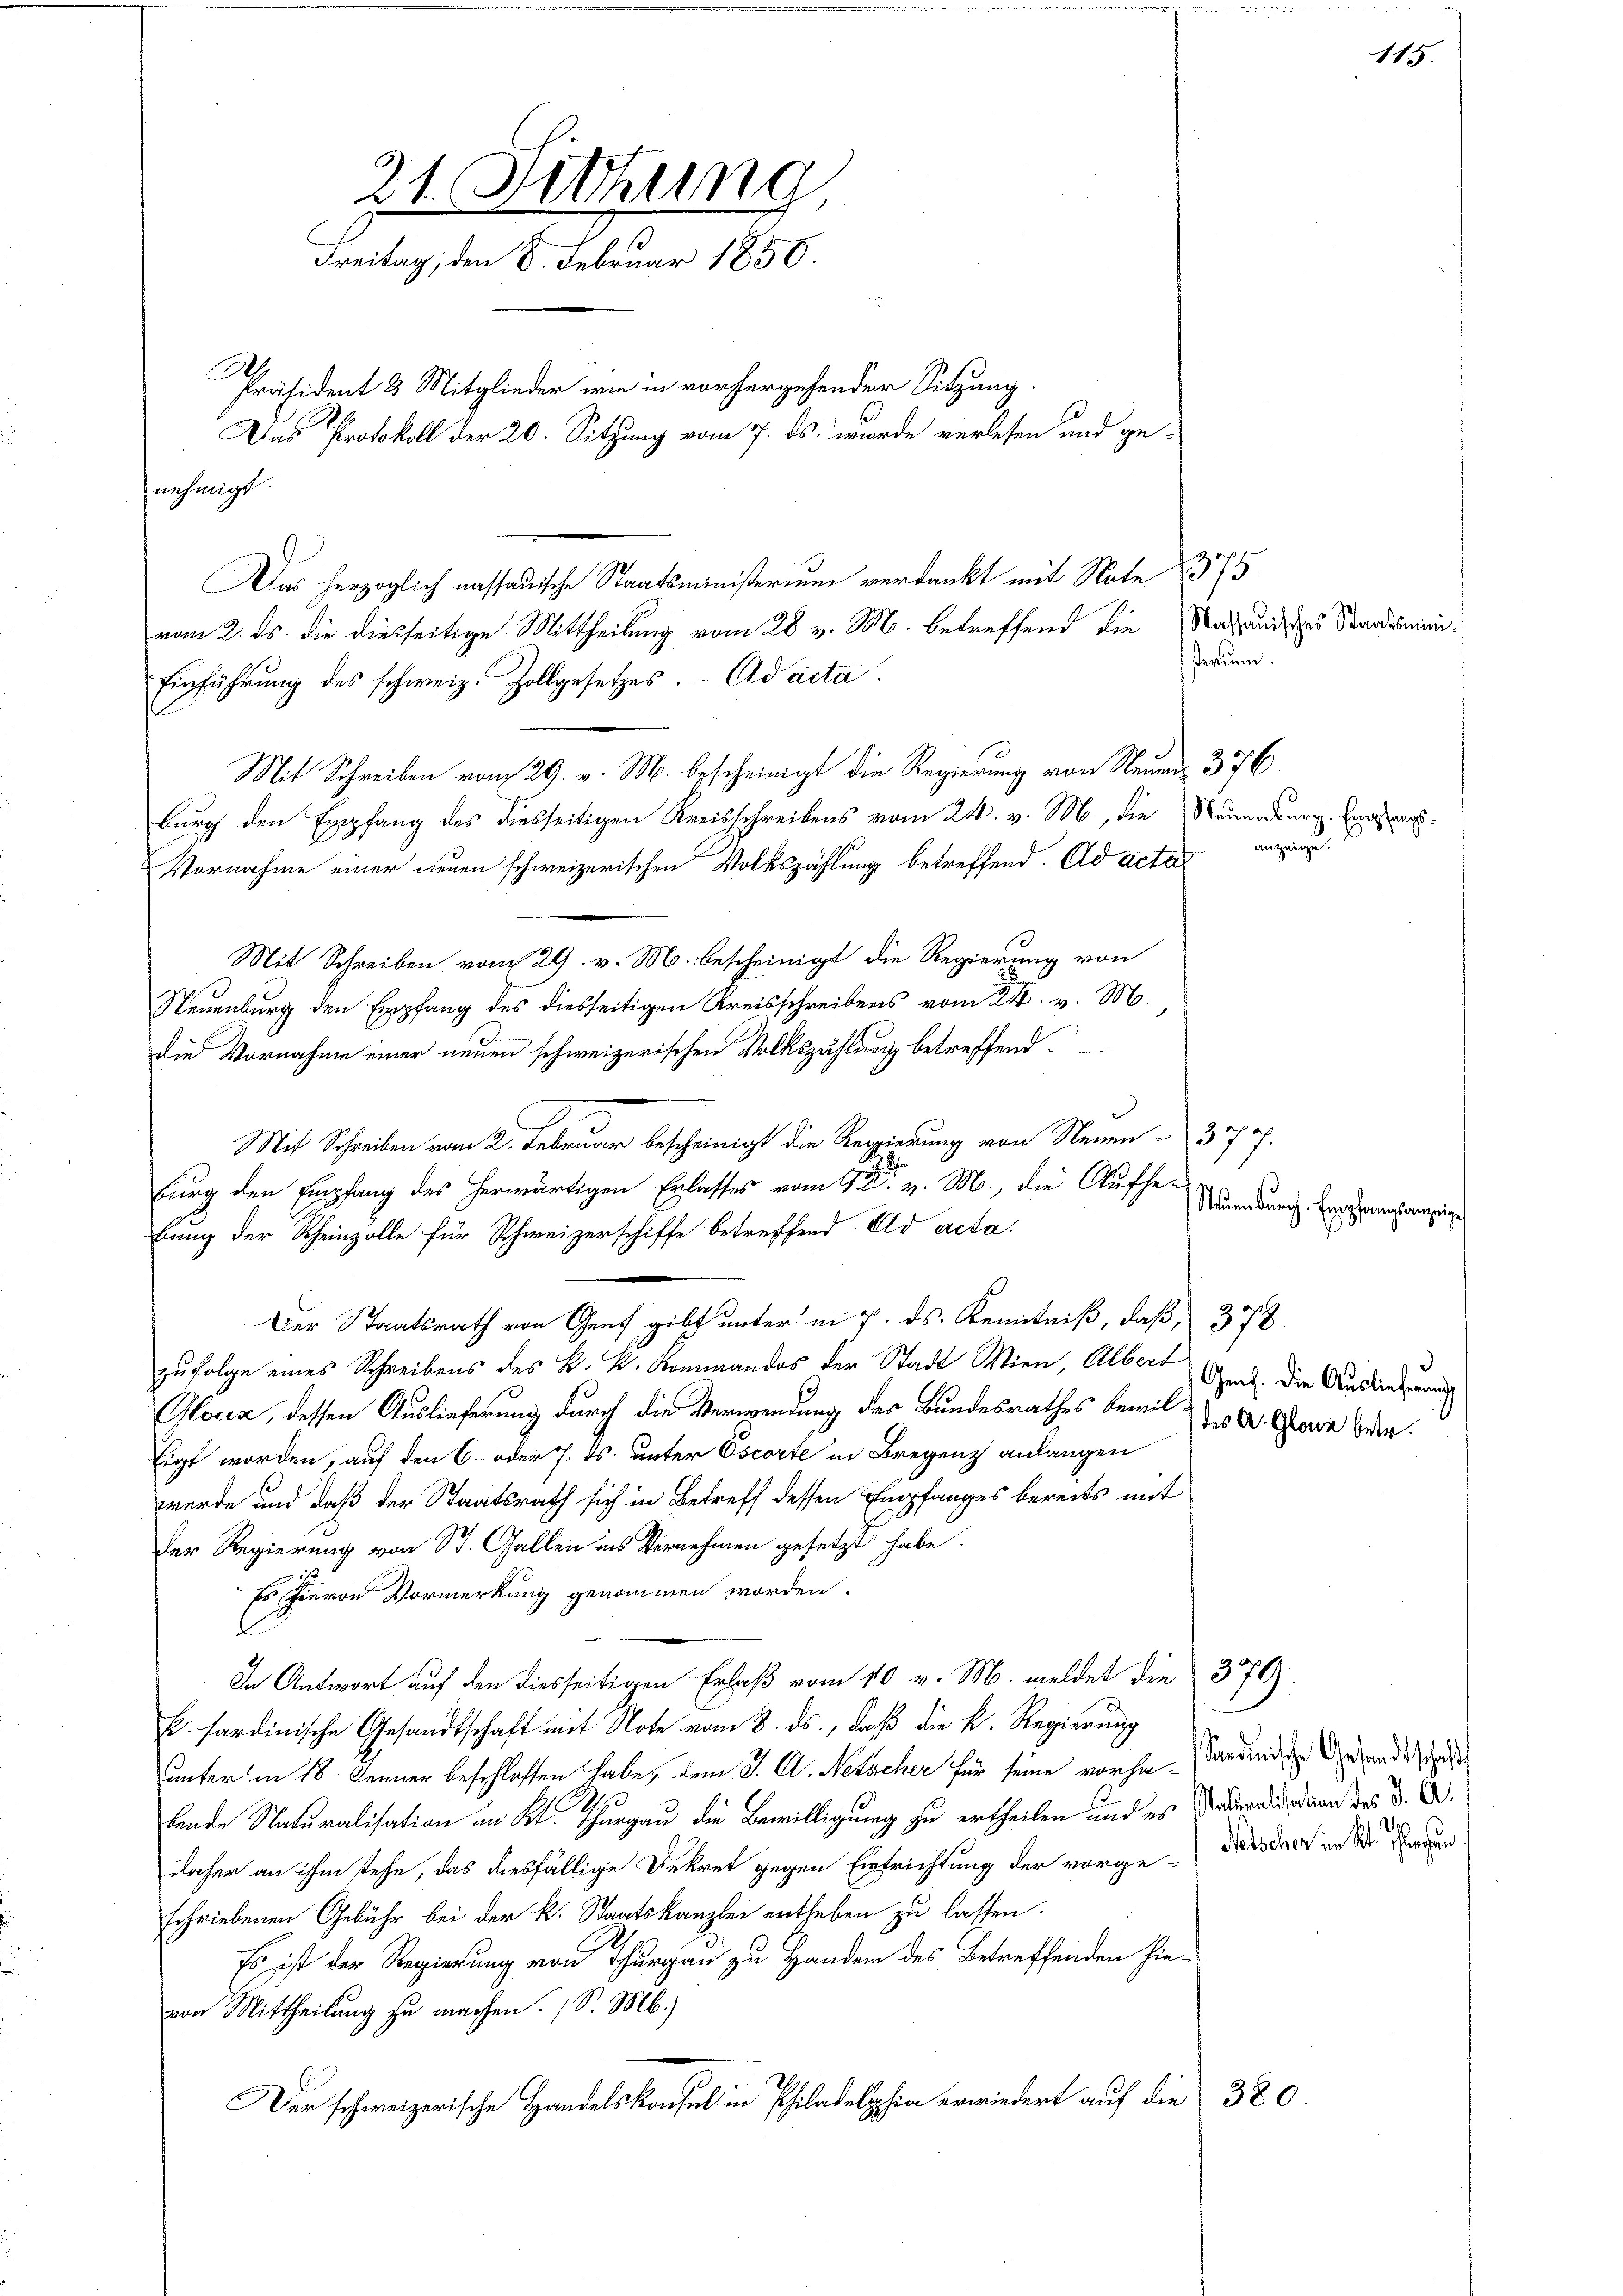
21. Sitzung
Freitag, den 8. Februar 1850.
.
Präsident 3 Mitglieder wie in vorhergehender Sitzung.
Das Protokoll der 20. Sitzung vom 7. ds. wurde verlesen und ge-
nehmigt.

Das herzoglich nassauische Staatsministerium verdankt mit Note 1375.
vom 2. ds. die diesseitige Mittheilung vom 28 v. M. betreffend die
Einführung des schweiz. Zollgesetzes. Ad acta.
Mit Schreiben vom 29. v. M. bescheinigt die Regierung von Neund 376.
burg den Empfang des diesseitigen Kreisschreibens vom 24. v. M., die Neuenburg. Engag
Vornahme einer neuen schweizerischen Volkszählung betreffend. Ad acta
Mit Schreiben vom 29. v. M. bescheinigt die Regierung von
Neuenburg den Empfang des diesseitigen Kreisschreibens vom 24. v. M.
die Vornahme einer neuen schweizerischen Volkszählung betreffend.
Mit Schreiben vom 2. Februar bescheinigt die Regierung von Neuen - 377.
burg den Empfang des herwärtigen Erlasses vom 9ten v. M., die Aufhebung der Rheinzolle für Schweizerschiffe betreffend. Eid acta.
Der Staatsrath von Genf gibt unter in P. ds. Kenntniß, daß, 378
zufolge eines Schreibens des k. k. Kommandos der Stadt Wien, Albert Guck. Die Auslieferung
Glock, dessen Auslieferung durch die Verwendung des Bundesrathes bewill A. Graz bere
Eigt worden, auf den 6. oder 7. ds. unter Oscorte in Bregenz anlangen
werde und daß der Staatsrath sich in Betreff dessen Empfanges bereits mit
Der Regierung von St. Gallen ins Vernehmen gesetzt habe.
Es hievon Vormerkung genommen worden.
In Antwort auf den diesseitigen Erlaß vom 10. v. M. meldet die 370.
B. hardinische Gesandtschaft mit Note vom 8. ds., daβ die k. Regierung
unter in 18. Jenner beschlossen habe, dem J. C. Netscher für seine vorha-
bende Naturalisation im Kt. Thurgau die Bewilligung zu ertheilen und es sonderend dann des d. A.
daher an ihm stehe, das diesfällige Dekret gegen Einfrichtung der vorge- Deroder in Dr. Raumschriebenen Gebühr bei der k. Staatskanzlei ertheben zu lassen.
Es ist der Regierung von Thurgau zu Hander des Betreffenden hievon Mittheilung zu machen. (S. M.)
 Hans leider auf die 380

Massauisches Staatsmit
sterium.

anzeige.

Neuenburg. Empfangsanzeige

Sardinische Gesandtschaft

115.